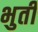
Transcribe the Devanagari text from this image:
भुर्ती